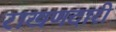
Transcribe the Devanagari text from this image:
राखणदारी